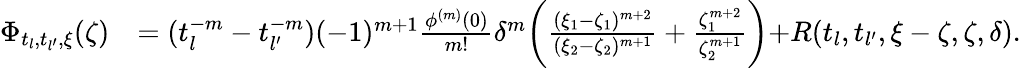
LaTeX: \begin{array}{rl}{\Phi_{t_{l},t_{l^{\prime}},\xi}(\zeta)}&{=(t_{l}^{-m}-t_{l^{\prime}}^{-m})(-1)^{m+1}\frac{{\phi}^{(m)}(0)}{m!}\delta^{m}\biggl(\frac{(\xi_{1}-\zeta_{1})^{m+2}}{(\xi_{2}-\zeta_{2})^{m+1}}+\frac{\zeta_{1}^{m+2}}{\zeta_{2}^{m+1}}\biggl)+R(t_{l},t_{l^{\prime}},\xi-\zeta,\zeta,\delta).}\end{array}